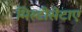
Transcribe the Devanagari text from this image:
मिस्टीसेटाए